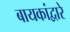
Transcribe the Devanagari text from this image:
बायकांद्वारे